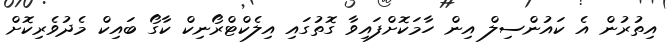
އިތުރުން އެ ކައުންސިލް އިން ހާމަކޮށްފައިވާ ގޮތުގައި އިލެކްޓްރޯނިކް ކާގޯ ބައިކް މެދުވެރިކޮށް